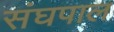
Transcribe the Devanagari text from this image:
संघपाल